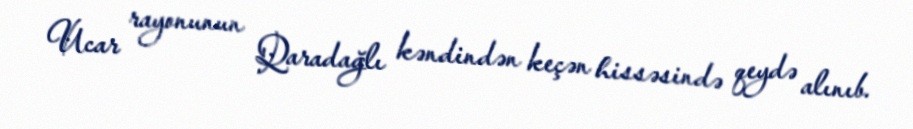
Ucar rayonunun Qaradağlı kəndindən keçən hissəsində qeydə alınıb.